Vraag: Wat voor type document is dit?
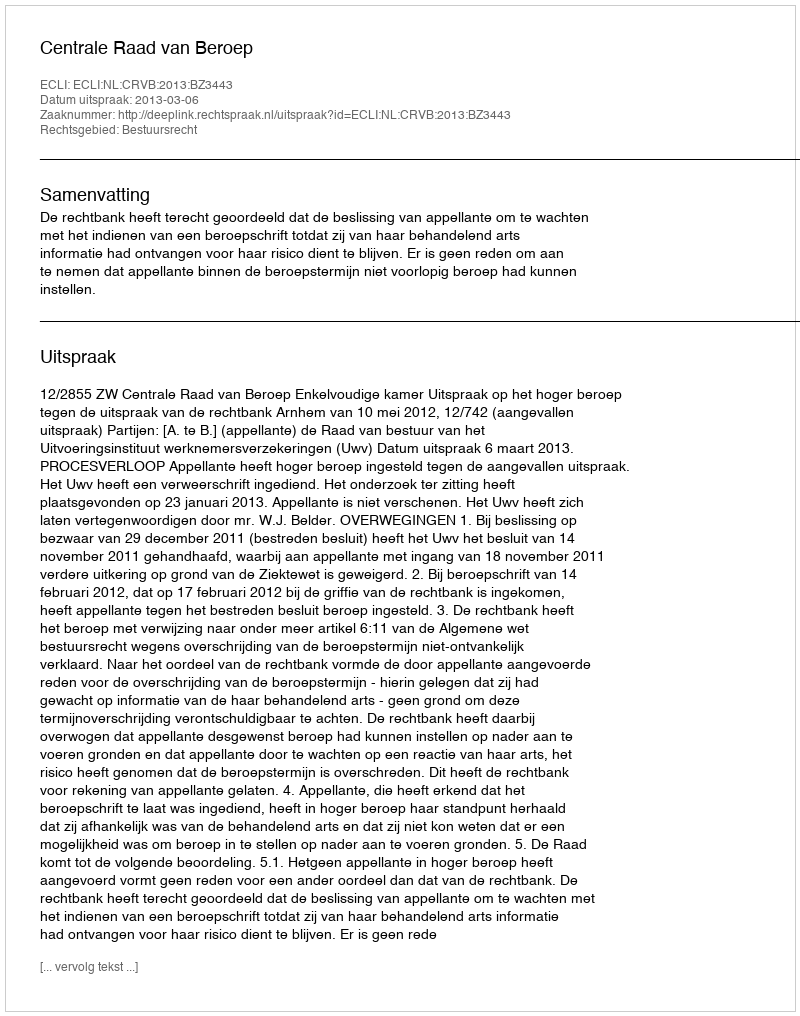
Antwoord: Uitspraak